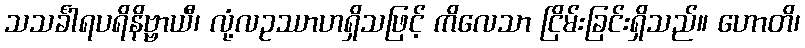
သသင်္ခါရပရိနိဗ္ဗာယီ၊ လုံ့လဥဿာဟရှိသဖြင့် ကိလေသာ ငြိမ်းခြင်းရှိသည်။ ဟောတိ၊